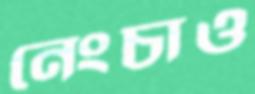
নেংচাও